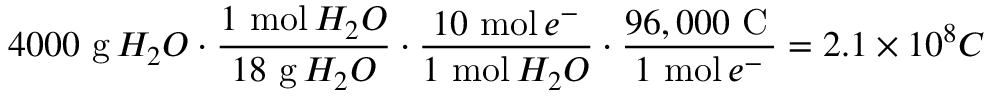
4 0 0 0 \ { \mathrm { g } } \, H _ { 2 } O \cdot { \frac { 1 \ { \mathrm { m o l } } \, H _ { 2 } O } { 1 8 \ { \mathrm { g } } \, H _ { 2 } O } } \cdot { \frac { 1 0 \ { \mathrm { m o l } } \, e ^ { - } } { 1 \ { \mathrm { m o l } } \, H _ { 2 } O } } \cdot { \frac { 9 6 , 0 0 0 \ { \mathrm { C } } \, } { 1 \ { \mathrm { m o l } } \, e ^ { - } } } = 2 . 1 \times 1 0 ^ { 8 } C \ \,